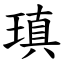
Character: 瑱